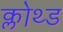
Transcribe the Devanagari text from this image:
क्लोथ्ड